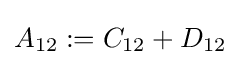
A_{12}:=C_{12}+D_{12}